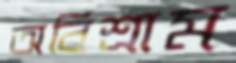
অবিশ্রাম